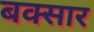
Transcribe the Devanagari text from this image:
बक्सार